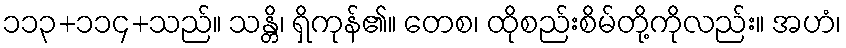
၁၁၃+၁၁၄+သည်။ သန္တိ၊ ရှိကုန်၏။ တေစ၊ ထိုစည်းစိမ်တို့ကိုလည်း။ အဟံ၊